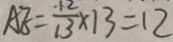
A E = \frac { 1 2 } { 1 3 } \times 1 3 = 1 2